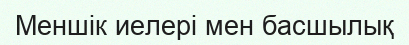
Меншік иелері мен басшылық